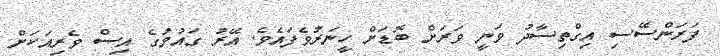
ފަރަންސޭސި އިގްތިސާދު ވަނީ ވަރަށް ބޮޑަށް ހީނަރުވެފައެވެ. އޭރު ގައުމުގެ އިސް ވެރިއަކަށް